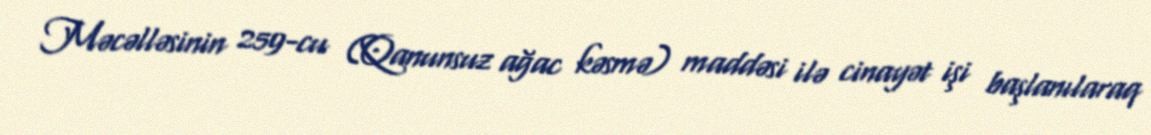
Məcəlləsinin 259-cu (Qanunsuz ağac kəsmə) maddəsi ilə cinayət işi başlanılaraq